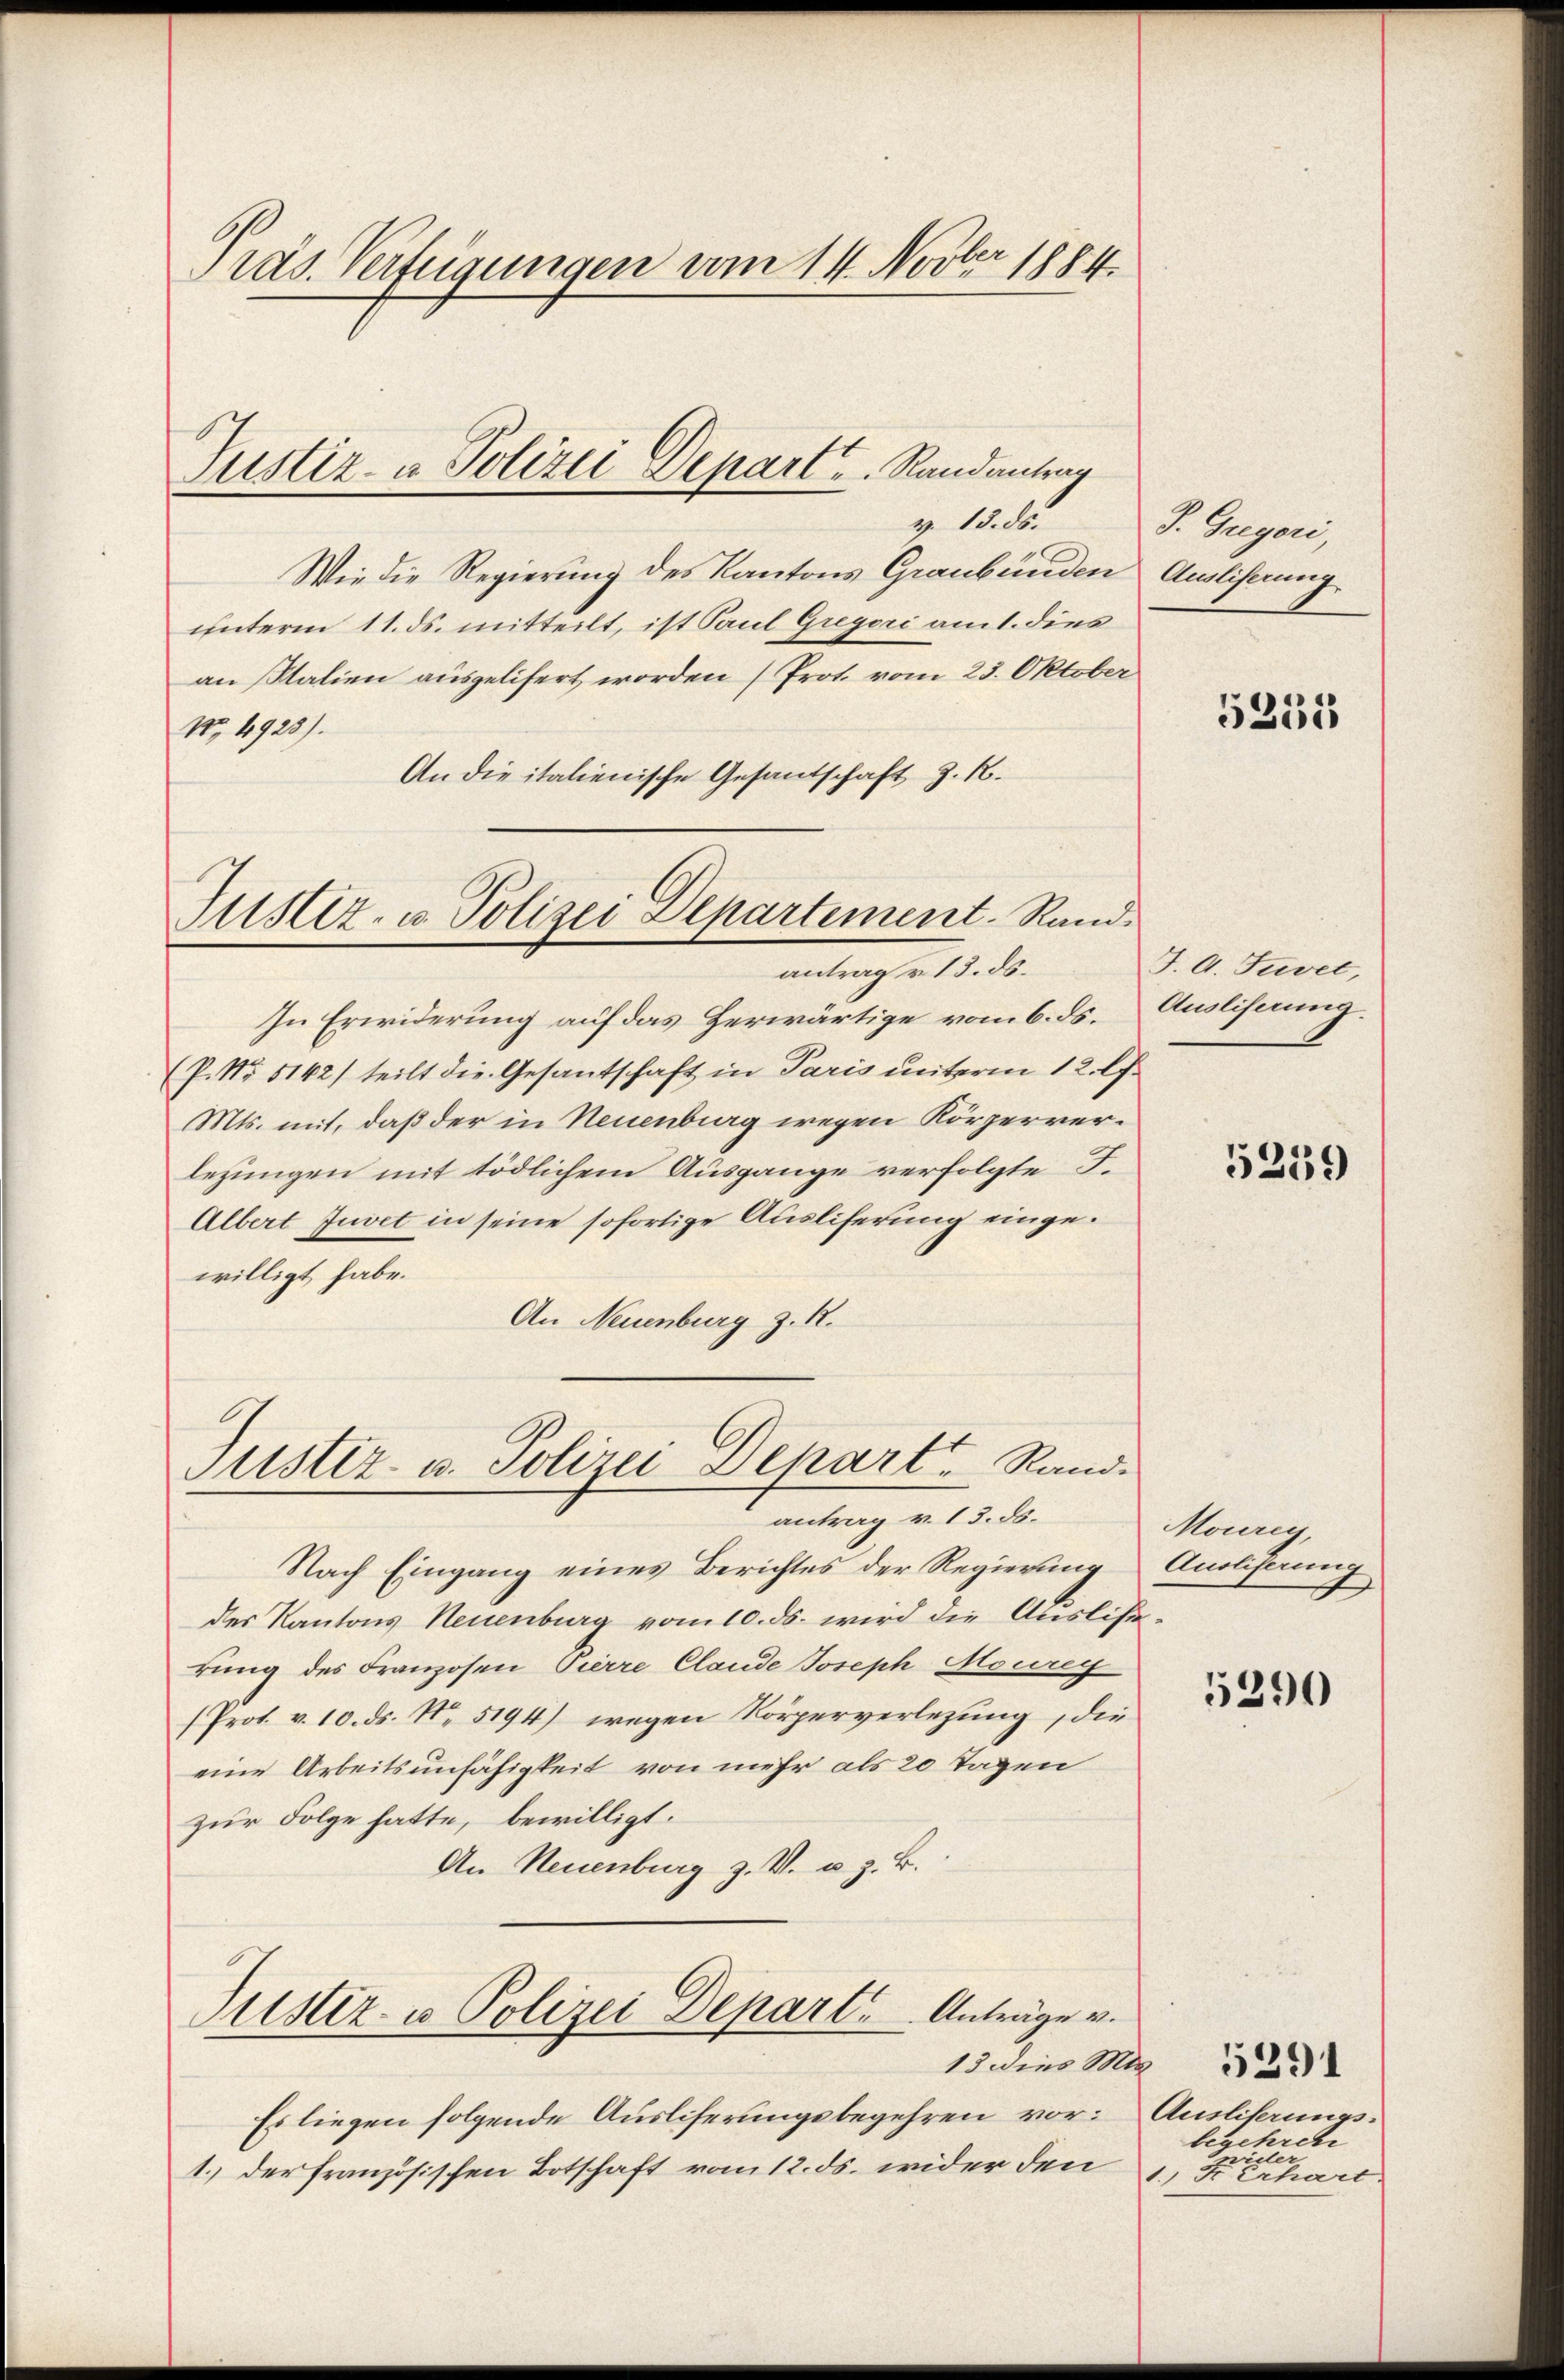
ras. Verfügungen vom 14. Novber 1884.

Wie die Regierung des Kantons Graubünden Ausliserung
unterm 11. ds. mitteilt, ist Paul Gregori am 1. dies
an Stalien ausgelifert worden (Prot. vom 23. Oktober
No. 4925).
An die italienische Gesandschaft z. B.

Justiz- u Polizei Depart u. Randantrag
g 10. d.

Justiz- u. Polizei Departement. Rand.
antrag v. 13. ds.

In Erwiderung auf das Herwärtige vom 6. ds.
(P. No. 5142) teilt die Gesantschaft in Paris unterm 12. l.
Mts. mit, daß der in Neuenburg wegen Körperverletzungen mit tödlichem Ausgange verfolgte F.
Albert Juvet in seine sofortige Ausliferung eingewilligt habe.
An Neuenburg z. R.

Justiz- u. Polizei Depart. Rand.
antrag v. 13. ds.

Nach Eingang eines Berichtes der Regierung
des Kantons Neuenburg vom 10. ds. wird die Ausliserung des Franzosen Pierre Claude Joseph Mourey
(Prot. v. 10. ds. Nr. 5194) wegen Körperverlegung, die
eine Arbeitsunfähigkeit von mehr als 20 Tagen
zur Folge hatte, bewilligt.
An Neuenburg z. V. u. z. B.

Justiz- u Polizei Depart. Anträge v.

13 dies Mts.

Es liegen folgende Ausliferungsbegehren vor:
1.) der französischen Botschaft vom 12. ds. wider den

J. Gregori,

5255

J. A. Tuvet,
Ausliferung.

5259

Mourig,
Ansliserung

5290

Ausliserungs-
begehren
Sidler
1.) Fr. Erhart.

5391